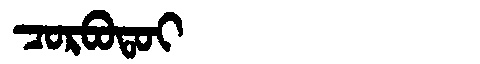
Manchu: ᠴᠣᡵᠪᠣᡨᠣᡳ
Romanization: CORBOTOI